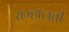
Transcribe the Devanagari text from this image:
सम्हालती